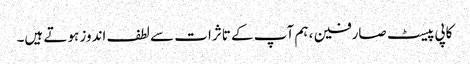
کاپی پیسٹ صارفین ، ہم آپ کے تاثرات سے لطف اندوز ہوتے ہیں۔